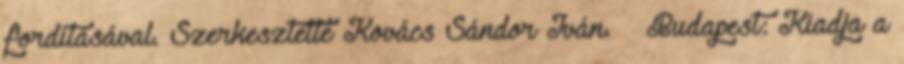
fordításával. Szerkesztette Kovács Sándor Iván. – Budapest: Kiadja a